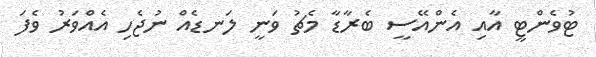
ޓުވެންޓީ އާއި އެންއޭސީ ބެރާޑާ މެޗު ވަނީ ލަނޑެއް ނުޖެހި އެއްވަރު ވެފަ